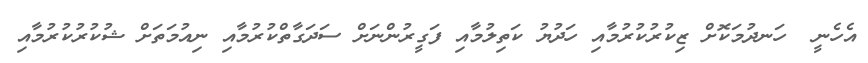
އެހެނީ  ހަނދުމަކޮށް ޒިކުރުކުރުމާއި ހަދުޔު ކަތިލުމާއި ފަގީރުންނަށް ސަދަގާތްކުރުމާއި ނިއުމަތަށް ޝުކުރުކުރުމާއި